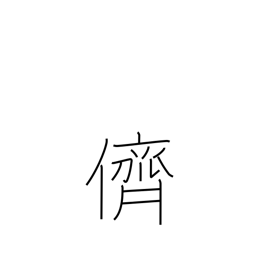
Meaning: companion